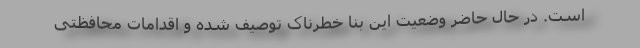
است. در حال حاضر وضعیت این بنا خطرناک توصیف شده و اقدامات محافظتی